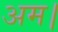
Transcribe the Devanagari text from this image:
अम।